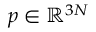
p \in \ensuremath { \mathbb { R } } ^ { 3 N }